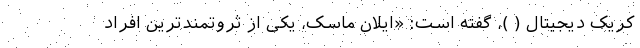
کریک دیجیتال ( )، گفته است: «ایلان ماسک، یکی از ثروتمندترین افراد